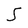
Character: S